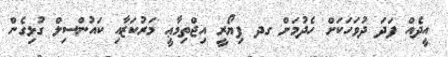
އީދެއް ފަދަ ދުވަހަކަށް ހެދުމަށް ގދ ފިޔޯރީ އިޖްތިމާޢީ މަރުކަޒާއި ކައުންސިލް ގުޅިގެން